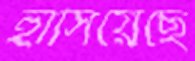
হাসিয়েছে